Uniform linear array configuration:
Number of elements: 32
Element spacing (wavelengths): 0.25
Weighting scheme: exponential
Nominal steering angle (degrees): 60
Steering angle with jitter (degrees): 59.231
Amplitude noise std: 0.05
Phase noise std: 0.05

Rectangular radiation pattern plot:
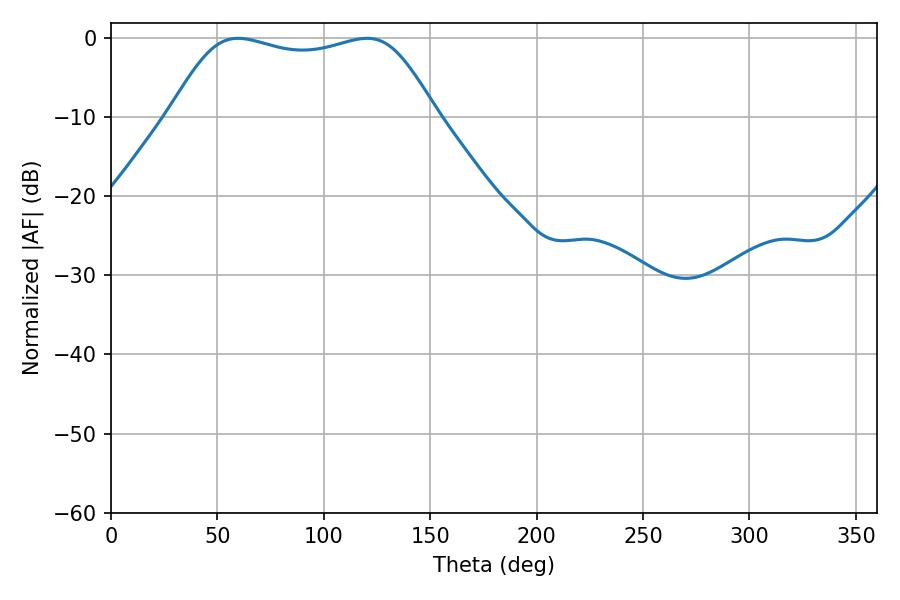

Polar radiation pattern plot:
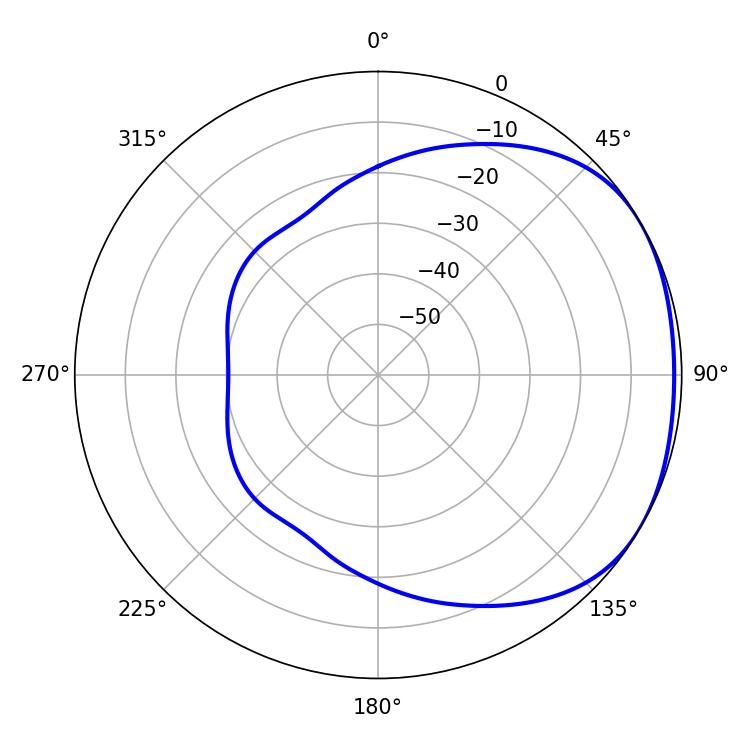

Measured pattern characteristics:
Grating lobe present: FALSE
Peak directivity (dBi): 1.745
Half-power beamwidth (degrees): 96.84
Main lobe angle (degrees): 59.76